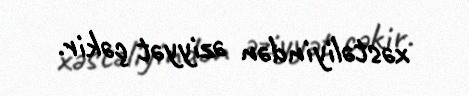
xəstəliyindən əziyyət çəkir.